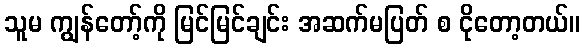
သူမ ကျွန်တော့်ကို မြင်မြင်ချင်း အဆက်မပြတ် စ ငိုတော့တယ်။